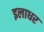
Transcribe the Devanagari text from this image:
इलाधर